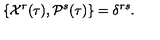
\{ { \cal X } ^ { r } ( \tau ) , { \cal P } ^ { s } ( \tau ) \} = \delta ^ { r s } .